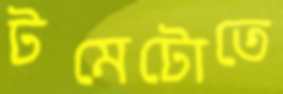
টমেটোতে